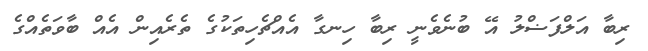
ރިބާ އަލްފަޟްލު އޭ ބުނެވެނީ ރިބާ ހިނގާ އެއްޗެހިތަކުގެ ތެރެއިން އެއް ބާވަތެއްގެ